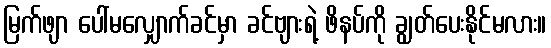
မြက်ဖျာ ပေါ်မလျှောက်ခင်မှာ ခင်ဗျားရဲ့ ဖိနပ်ကို ချွတ်ပေးနိုင်မလား။